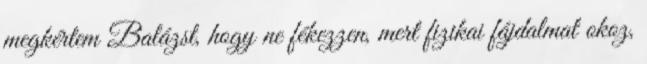
megkértem Balázst, hogy ne fékezzen, mert fizikai fájdalmat okoz,